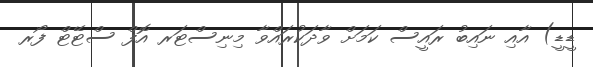
ޑީޑީ) އާއި ނައިބު ރައީސް ކަމަށް ވާދަކުރައްވާ މިނިސްޓަރ އޮފް ސްޓޭޓް ފޯރ